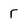
Character: r